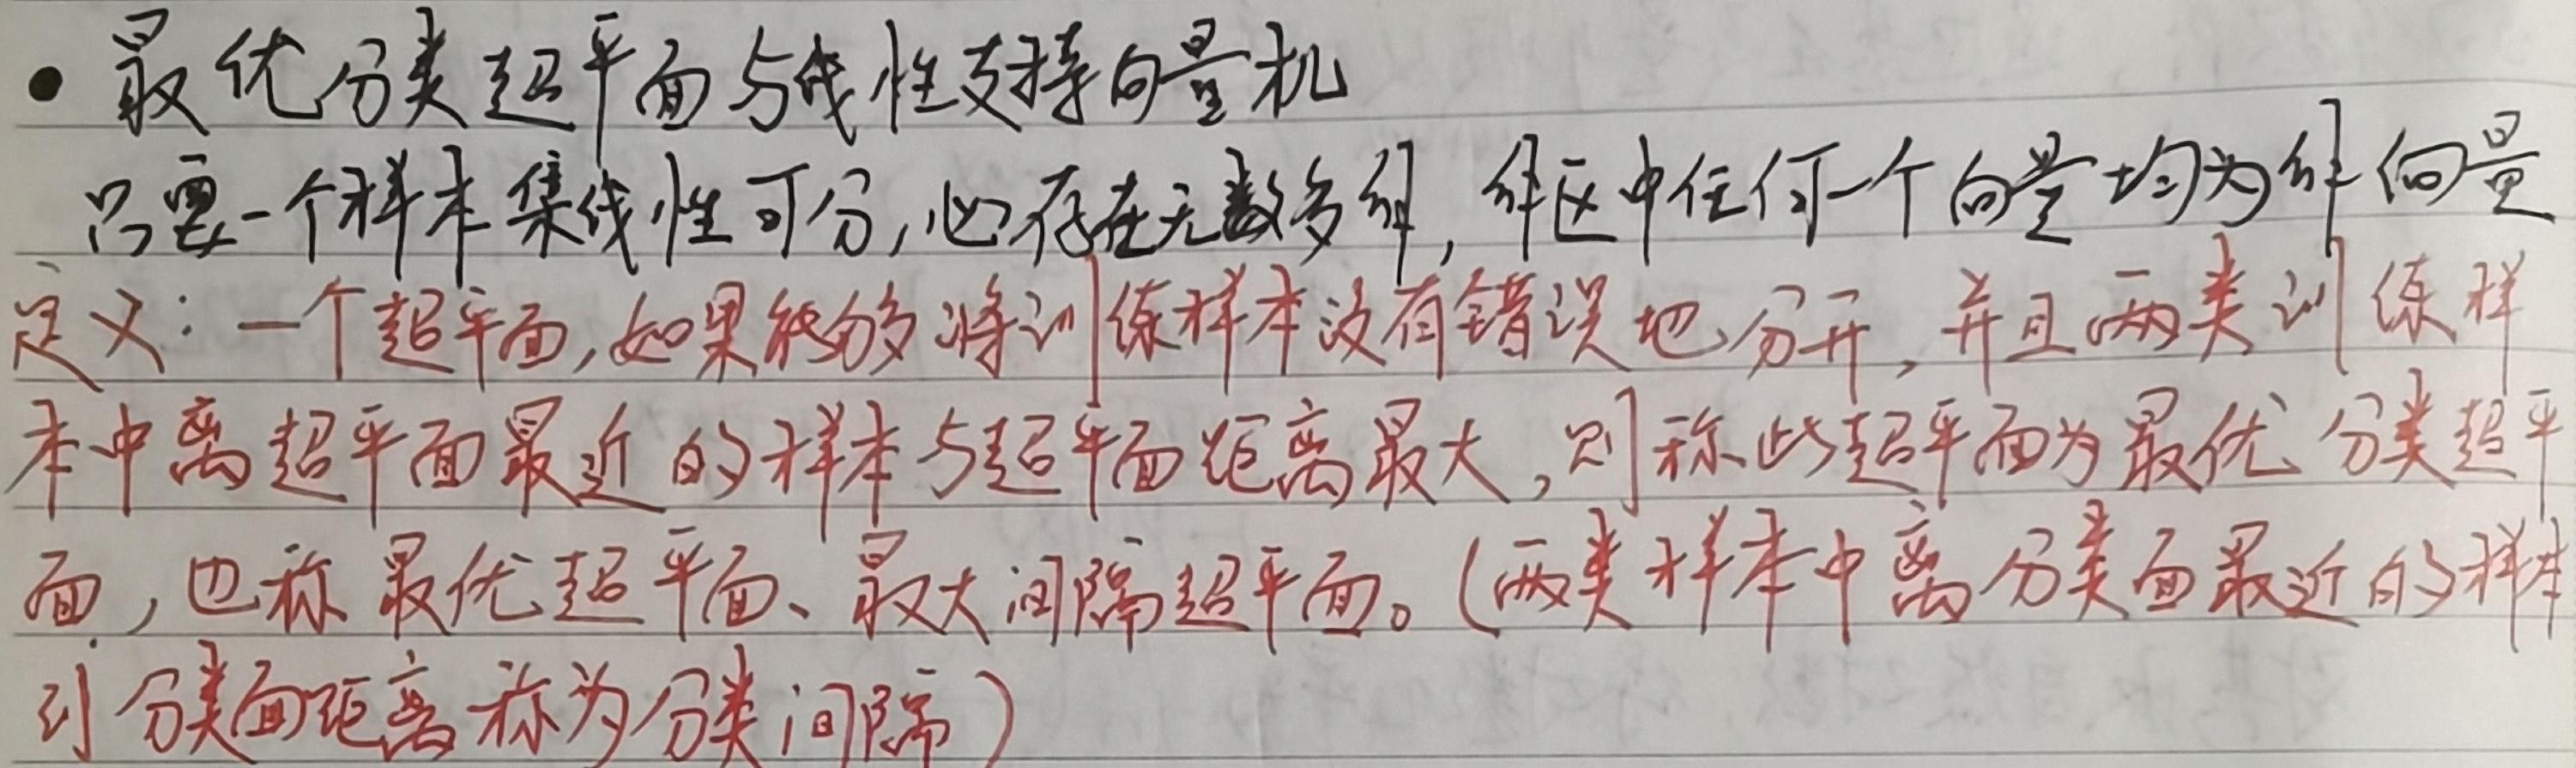
- 最优分类超平面与线性支持向量机

只要一个样本集线性可分，必存在无数多解，解区中任何一个向量均为解向量。

定义：一个超平面，如果能够将训练样本没有错误地分开，并且两类训练样本中离超平面最近的样本与超平面距离最大，则称此超平面为最优分类超平面，也称最优超平面、最大间隔超平面。（两类样本中离分类面最近的样本到分类面距离称为分类间隔）